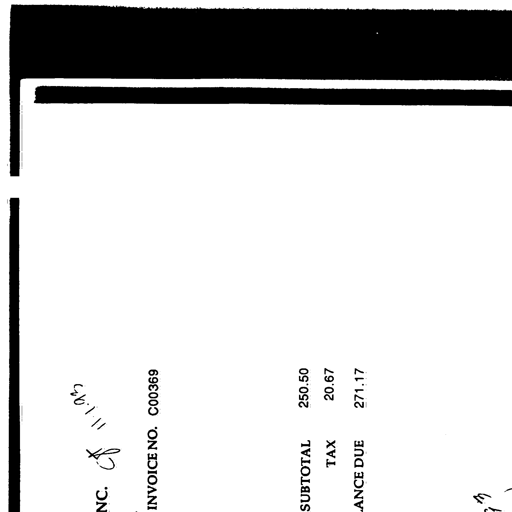
CT 11.1.93
NC. INVOICE NO. C00369
SUBTOTAL 250.50
TAX 20.67
ANCE DUE 271.17